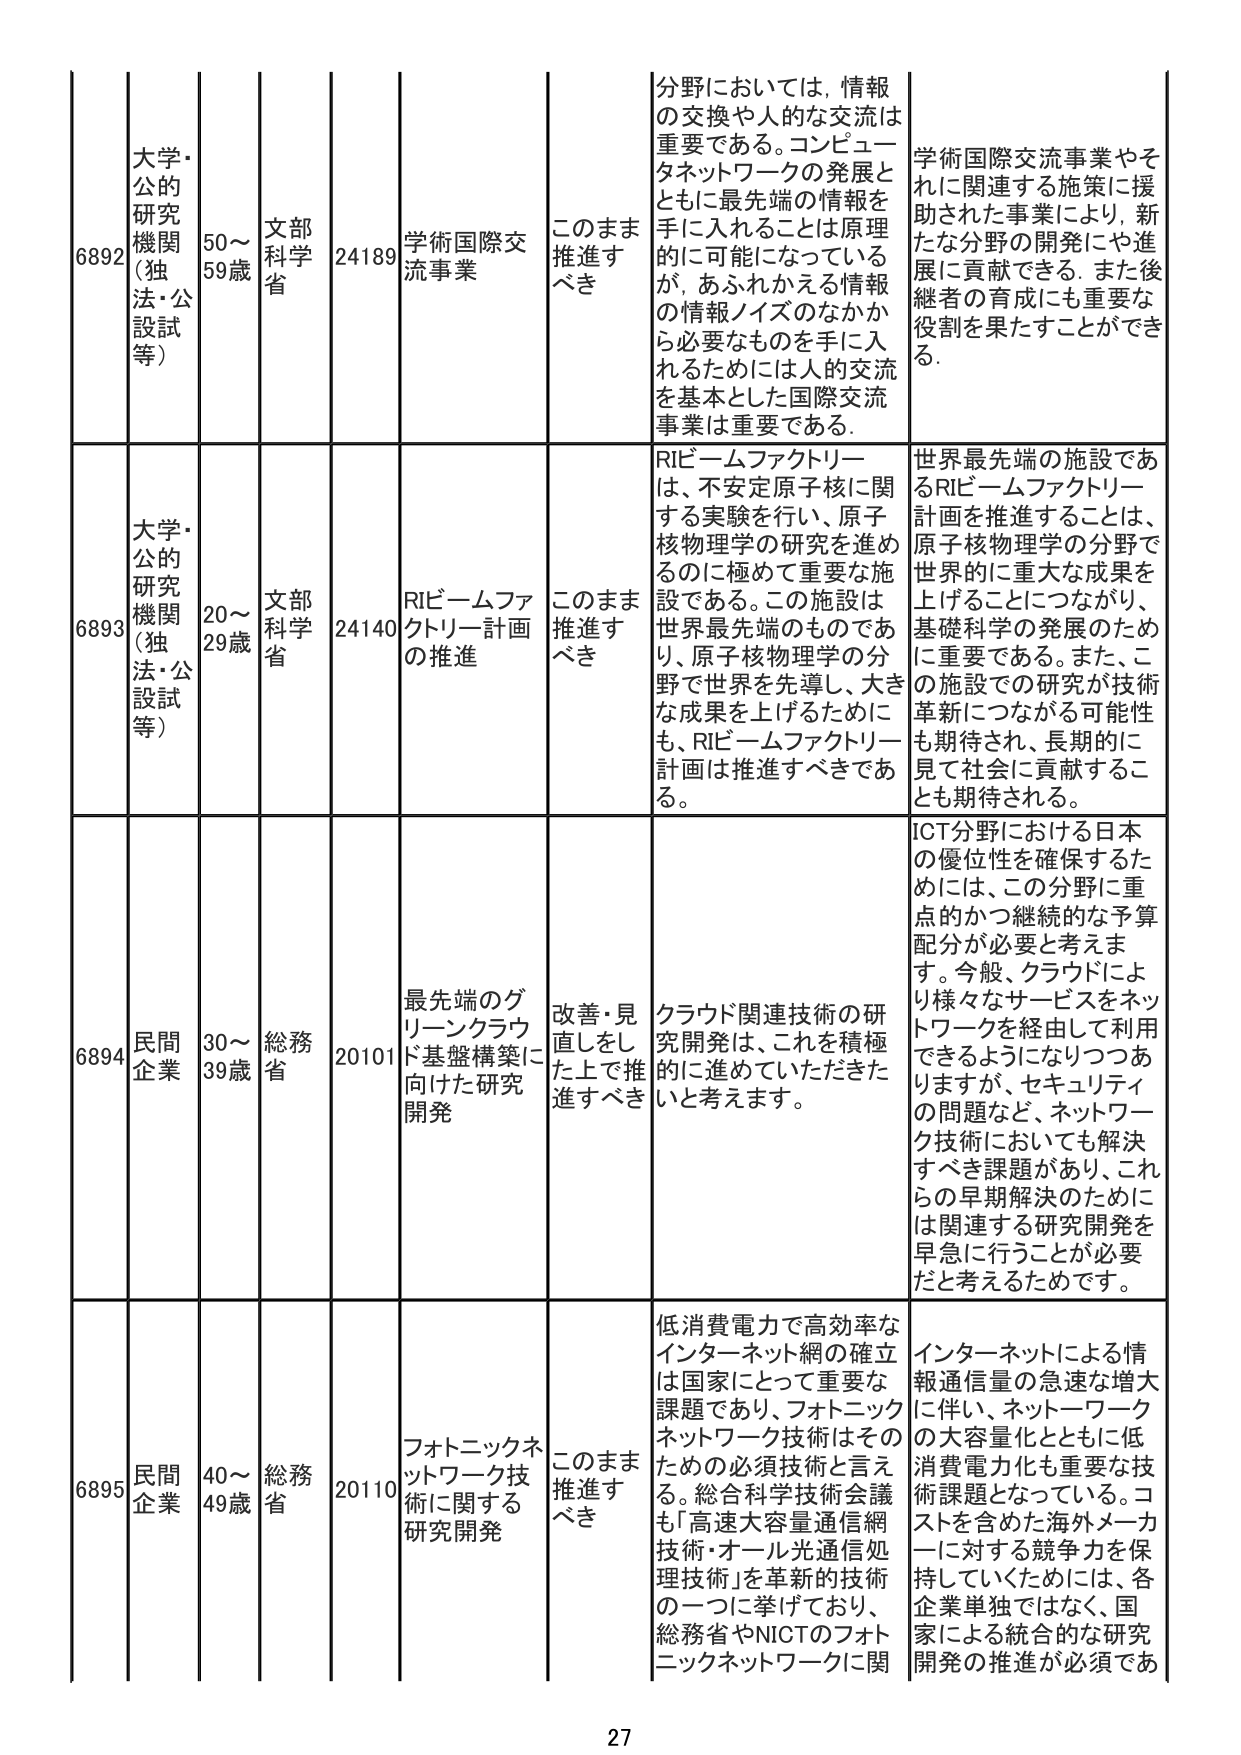
6892 大学・公的研究機関（独法・公設試等） 50～59歳 文部科学省 24189 学術国際交流事業 このまま推進すべき 分野においては、情報の交換や人的な交流は重要である。コンピュータネットワークの発展とともに最先端の情報を手に入れることは原理的に可能になっているが、あふれかえっている情報の情報ノイズのなかから必要なものを手に入れるためには人的交流を基本とした国際交流事業は重要である。 学術国際交流事業やそれに関連する施策に援助された事業により、新たな分野の開発にや進展に貢献できる。また後継者の育成にも重要な役割を果たすことができる。

6893 大学・公的研究機関（独法・公設試等） 20～29歳 文部科学省 24140 RIビームファクトリー計画の推進 このまま推進すべき RIビームファクトリーは、不安定原子核に関する実験を行い、原子核物理学の研究を進めるのに極めて重要な施設である。この施設は世界最先端のものであり、原子核物理学の分野で世界を先導し、大きな成果を上げるためにも、RIビームファクトリー計画は推進すべきである。 世界最先端の施設であるRIビームファクトリー計画を推進することは、原子核物理学の分野で世界的に重大な成果を上げることにつながり、基礎科学の発展のために重要である。また、この施設での研究が技術革新につながる可能性も期待され、長期的に見て社会に貢献することも期待される。

6894 民間企業 30～39歳 総務省 20101 最先端のグリーンクラウド基盤構築に向けた研究開発 改善・見直しをした上で推進すべき クラウド関連技術の研究開発は、これを積極的に進めていただきたいと考えます。 ICT分野における日本の優位性を確保するためには、この分野に重点的かつ継続的な予算配分が必要と考えます。今般、クラウドにより様々なサービスをネットワークを経由して利用できるようになりつつありますが、セキュリティの問題など、ネットワーク技術においても解決すべき課題があり、これらの早期解決のためには関連する研究開発を早急に行うことが必要だと考えるためです。

6895 民間企業 40～49歳 総務省 20110 フォトニックネットワーク技術に関する研究開発 このまま推進すべき 低消費電力で高効率なインターネット網の確立は国家にとって重要な課題であり、フォトニックネットワーク技術はそのための必須技術と言える。総合科学技術会議も「高速大容量通信網技術・オール光通信処理技術」を革新的技術の一つに挙げており、総務省やNICTのフォトニックネットワークに関 インターネットによる情報通信量の急速な増大に伴い、ネットワークの大容量化とともに低消費電力化も重要な技術課題となっている。コストを含めた海外メーカーに対する競争力を保持していくためには、各企業単独ではなく、国家による統合的な研究開発の推進が必須であ

27